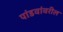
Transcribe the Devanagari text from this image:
पांडवांवरील